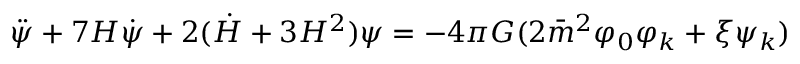
\ddot { \psi } + 7 H \dot { \psi } + 2 ( \dot { H } + 3 H ^ { 2 } ) \psi = - 4 \pi G ( 2 \bar { m } ^ { 2 } \varphi _ { 0 } \varphi _ { k } + \xi \psi _ { k } )